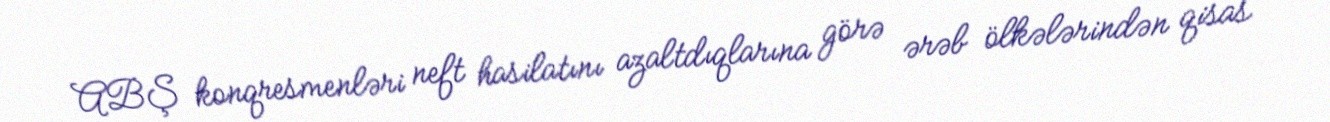
ABŞ konqresmenləri neft hasilatını azaltdıqlarına görə ərəb ölkələrindən qisas